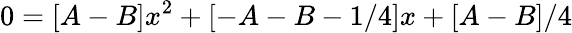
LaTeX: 0=[A-B]x^{2}+[-A-B-1/4]x+[A-B]/4